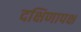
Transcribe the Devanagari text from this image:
दक्षिणापक्ष